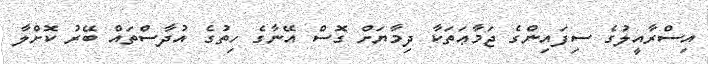
އިސްރާއީލުގެ ސިފައިންގެ ޖަމާޢަތަކާ ދިމާޔަށް ގޮސް އޭނާގެ ހިތުގެ އުދާސްތައް ބޭރު ކޮށްލާ